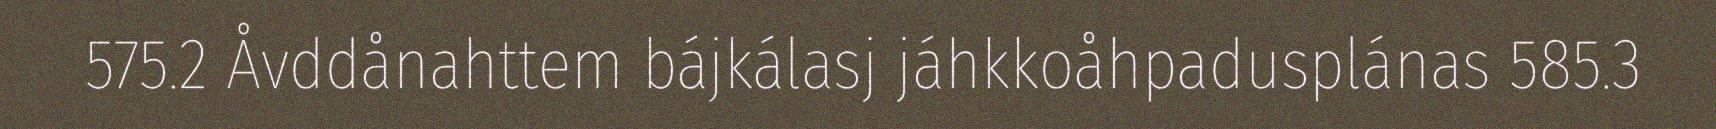
575.2 Åvddånahttem bájkálasj jáhkkoåhpadusplánas 585.3